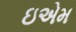
ઇએમ